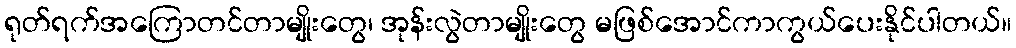
ရုတ်ရက်အကြောတင်တာမျိုးတွေ၊ အုန်းလွဲတာမျိုးတွေ မဖြစ်အောင်ကာကွယ်ပေးနိုင်ပါတယ်။